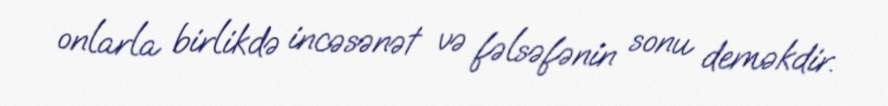
onlarla birlikdə incəsənət və fəlsəfənin sonu deməkdir.